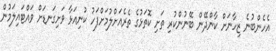
އެހެންބުނެ ޒިހާނަށް ކާންދޭން ބޭނުންކުރި ތަށި ކޮތަޅުގެ ތެރެއަށްލުމަށްފަހު ކުނިއަޅާ ވަށިގަނޑަށް ވައްޓައިލަމުން